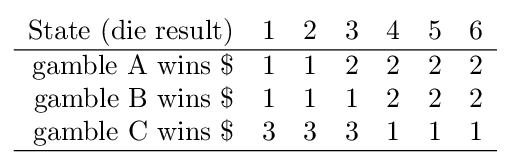
{\begin{array}{rcccccc}{\text{State (die result)}}&1&2&3&4&5&6\\\hline {\text{gamble A wins }}\$&1&1&2&2&2&2\\{\text{gamble B wins }}\$&1&1&1&2&2&2\\{\text{gamble C wins }}\$&3&3&3&1&1&1\\\hline \end{array}}